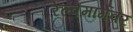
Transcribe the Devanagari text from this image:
रेल्वेमार्गवर